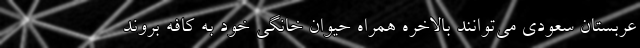
عربستان سعودی می‌توانند بالاخره همراه حیوان خانگی خود به کافه بروند